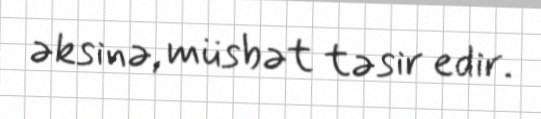
əksinə, müsbət təsir edir.